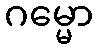
ဂမ္မော